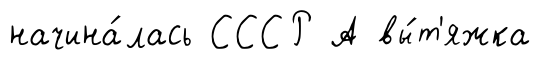
начина́лась СССР А вы́т'яжка